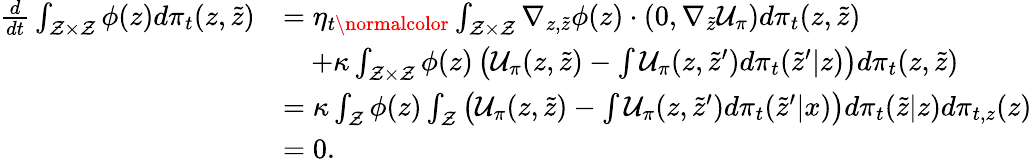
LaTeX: \begin{array}{rl}{\frac{d}{dt}\int_{\mathcal Z\times\mathcal Z}\phi(z)d\pi_{t}(z,\tilde{z})}&{=\eta_{t\normalcolor}\int_{\mathcal Z\times\mathcal Z}\nabla_{z,\tilde{z}}\phi(z)\cdot(0,\nabla_{\tilde{z}}\mathcal{U}_{\pi})d\pi_{t}(z,\tilde{z})}\\ &{\quad+\kappa\int_{\mathcal Z\times\mathcal Z}\phi(z)\left(\mathcal{U}_{\pi}(z,\tilde{z})-\int\mathcal{U}_{\pi}(z,\tilde{z}^{\prime})d\pi_{t}(\tilde{z}^{\prime}|z)\right)d\pi_{t}(z,\tilde{z})}\\ &{=\kappa\int_{\mathcal Z}\phi(z)\int_{\mathcal{Z}}\left(\mathcal{U}_{\pi}(z,\tilde{z})-\int\mathcal{U}_{\pi}(z,\tilde{z}^{\prime})d\pi_{t}(\tilde{z}^{\prime}|x)\right)d\pi_{t}(\tilde{z}|z)d\pi_{t,z}(z)}\\ &{=0.}\end{array}